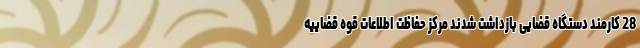
28 کارمند دستگاه قضایی بازداشت شدند مرکز حفاظت اطلاعات قوه قضاییه